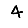
Digit: 4